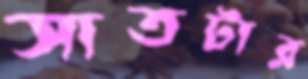
সাতটার